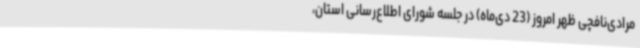
مرادی‌نافچی ظهر امروز (23 دی‌ماه) در جلسه شورای اطلاع‌رسانی استان،